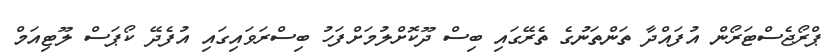
ޕްރޯޖެސްޓަރޯން އުފައްދާ ތަންތަނުގެ ތެރޭގައި ބިސް ދޫކޮށްލުމަށްފަހު ބިސްރަވައިގައި އުފެދޭ ކޯޕަސް ލޫޓިއަމް